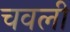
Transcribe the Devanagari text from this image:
चवली